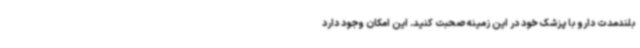
بلندمدت دارو با پزشک خود در این زمینه صحبت کنید. این امکان وجود دارد